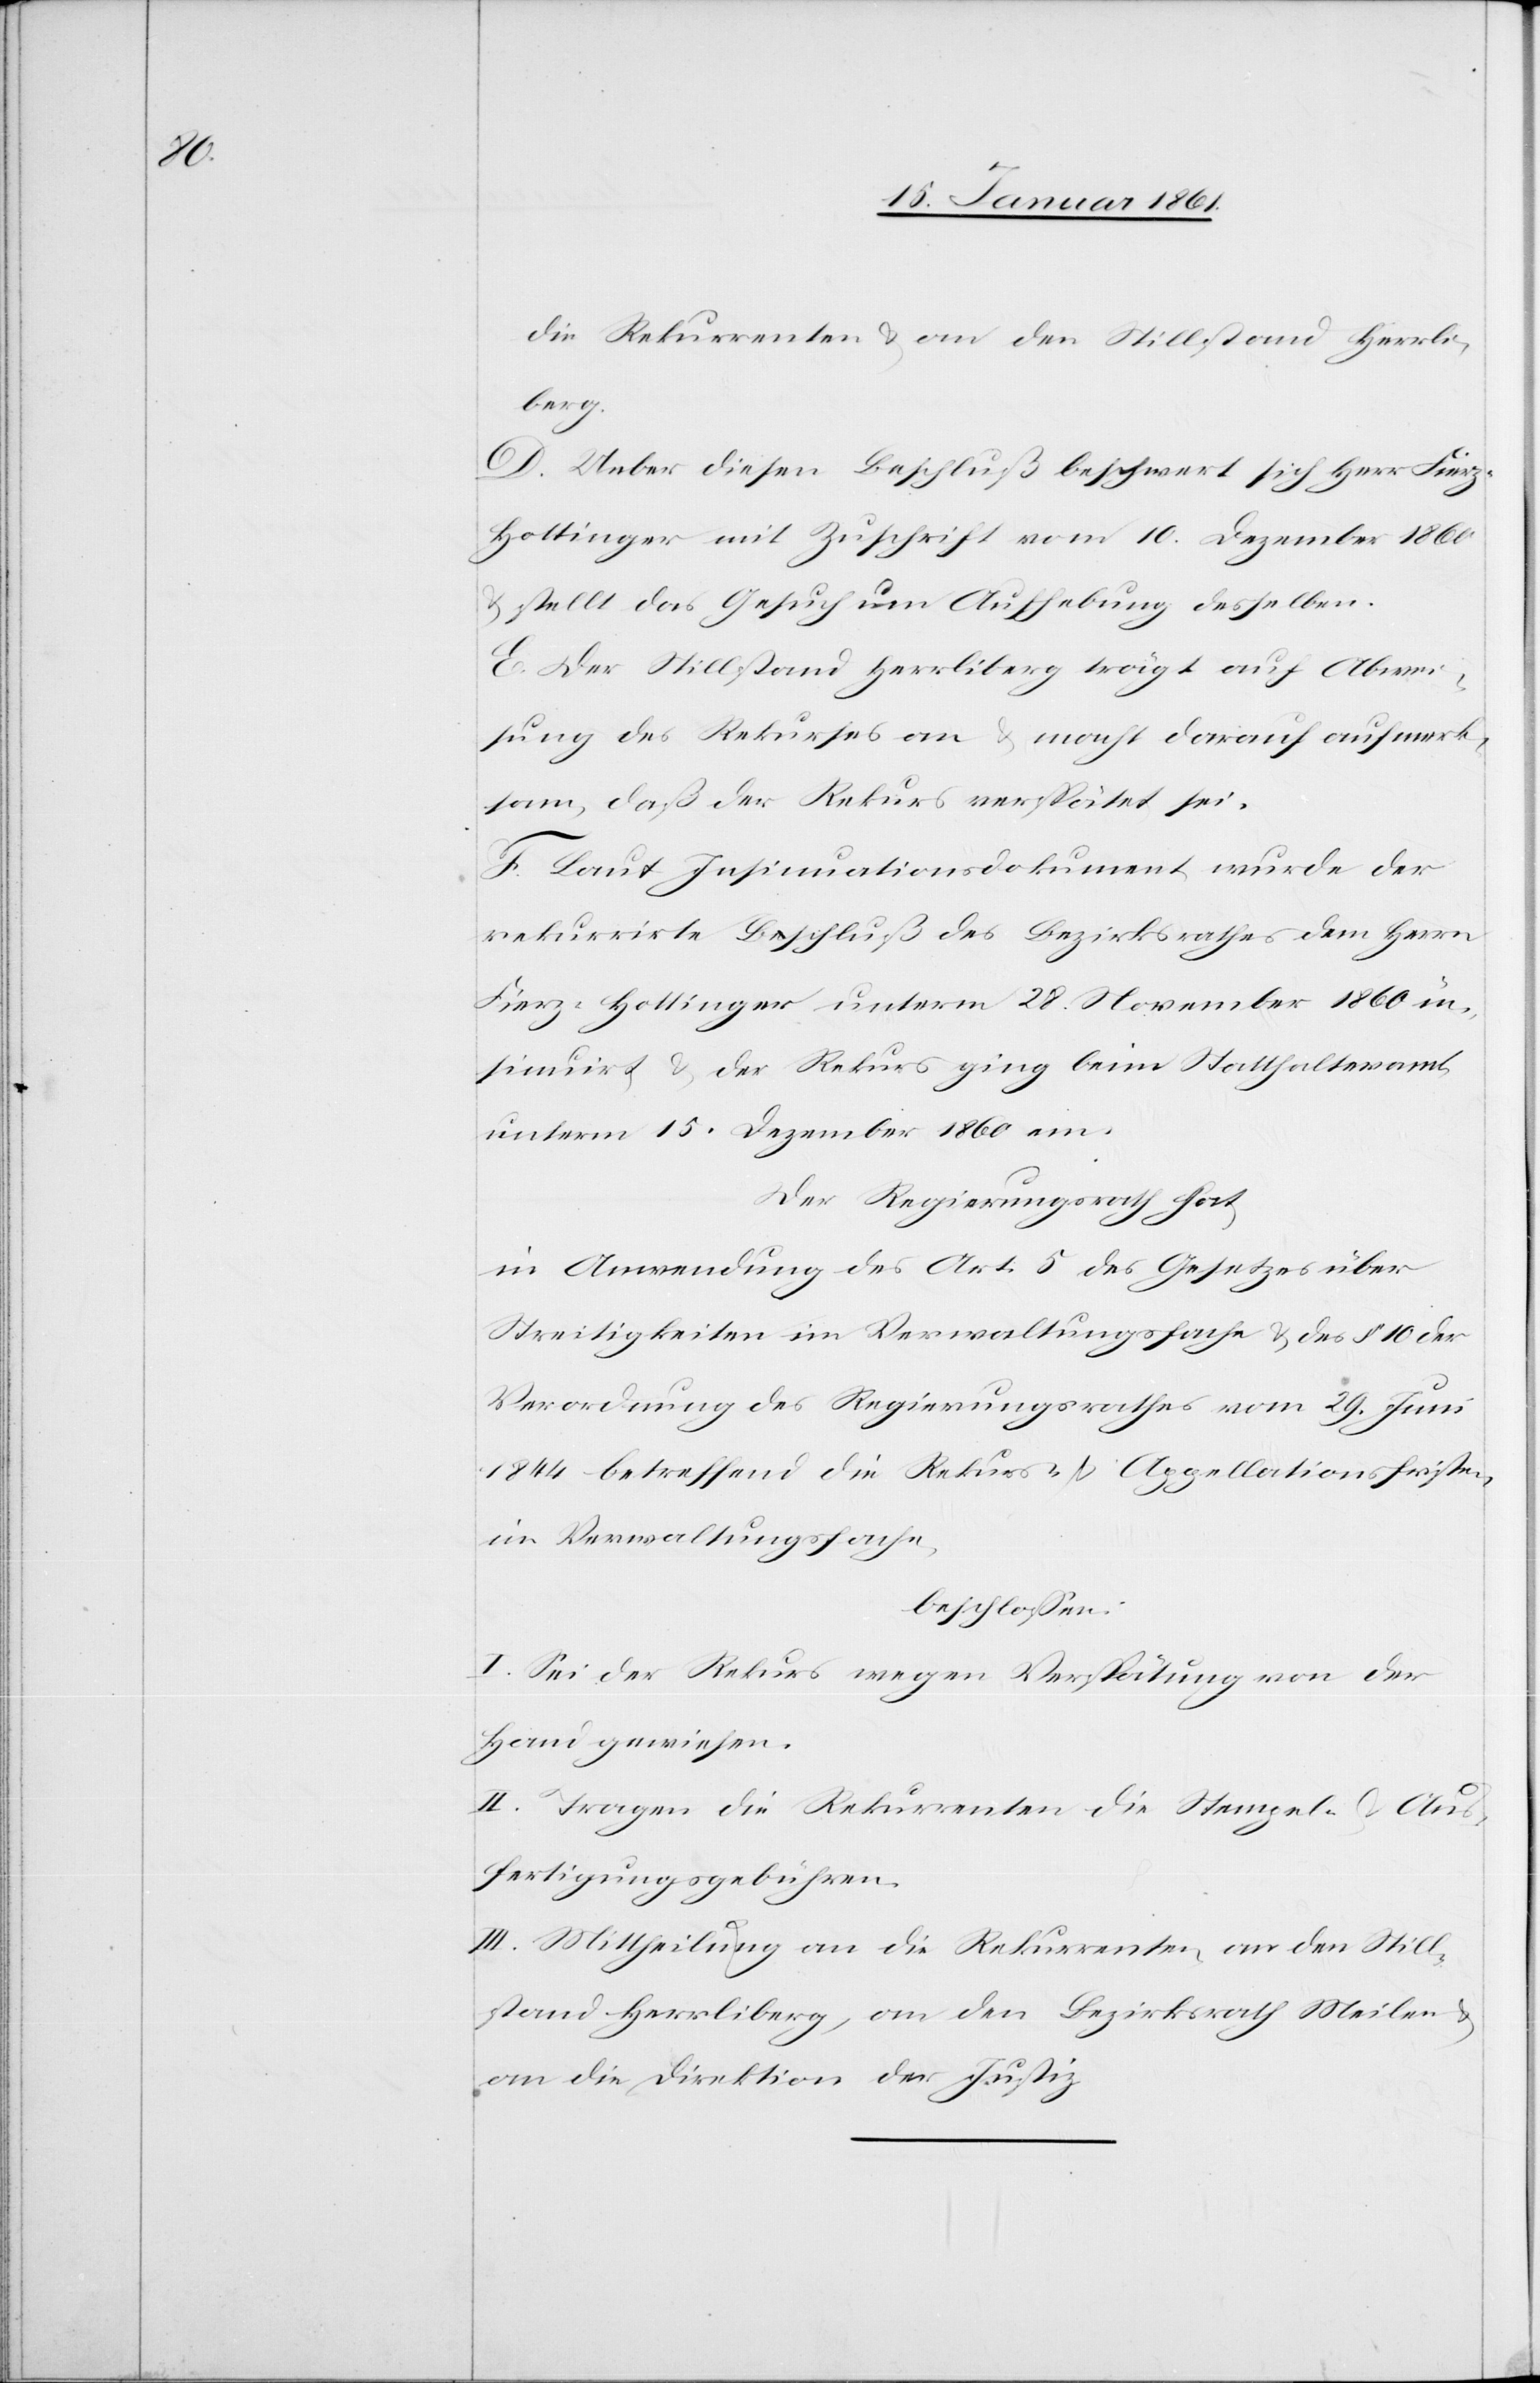
die Rekurrenten u. an den Stillstand Herrli¬
berg.
D. Ueber diesen Beschluss beschwert sich Herr Fier¬
z-Hottinger mit Zuschrift vom 10. Dezember 1860
u. stellt das Gesuch um Aufhebung desselben.
E. Der Stillstand Herrliberg trägt auf Abwei¬
sung des Rekurses an u. macht darauf aufmerk¬
sam, daß der Rekurs verspätet sei.
F. Laut Insinuationsdokument wurde der
rekurrirte Beschluß des Bezirksrathes dem Herrn
Fierz-Hottinger unterm 28. November 1860 in¬
sinuirt u. der Rekurs ging beim Statthalteramt
unterm 15. Dezember 1860 ein.
Der Regierungsrath hat
in Anwendung des Art. 5 des Gesetzes über
Streitigkeiten im Verwaltungsfache u. des §. 10 der
Verordnung des Regierungsrathes vom 29. Juni
1844 betreffend die Rekurs- u. Appellationsfristen,
im Verwaltungsfache,
beschlossen:
I. Sei der Rekurs wegen Verspätung von der
Hand gewiesen.
II. Tragen die Rekurrenten die Stempel- u. Aus¬
fertigungsgebühren.
III. Mittheilung an die Rekurrenten, an den Still¬
stand Herrliberg, an den Bezirksrath Meilen u.
an die Direktion der Justiz.